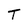
Character: T